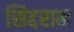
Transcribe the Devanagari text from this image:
सिद्दराम